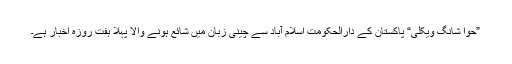
”حوا شانگ ویکلی“ پاکستان کے دارالحکومت اسلام آباد سے چینی زبان میں شائع ہونے والا پہلا ہفت روزہ اخبار ہے۔